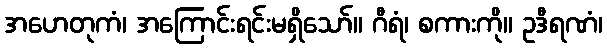
အဟေတုကံ၊ အကြောင်းရင်းမရှိသော်။ ဂီရံ၊ စကားကို။ ဥဒီရဏံ၊